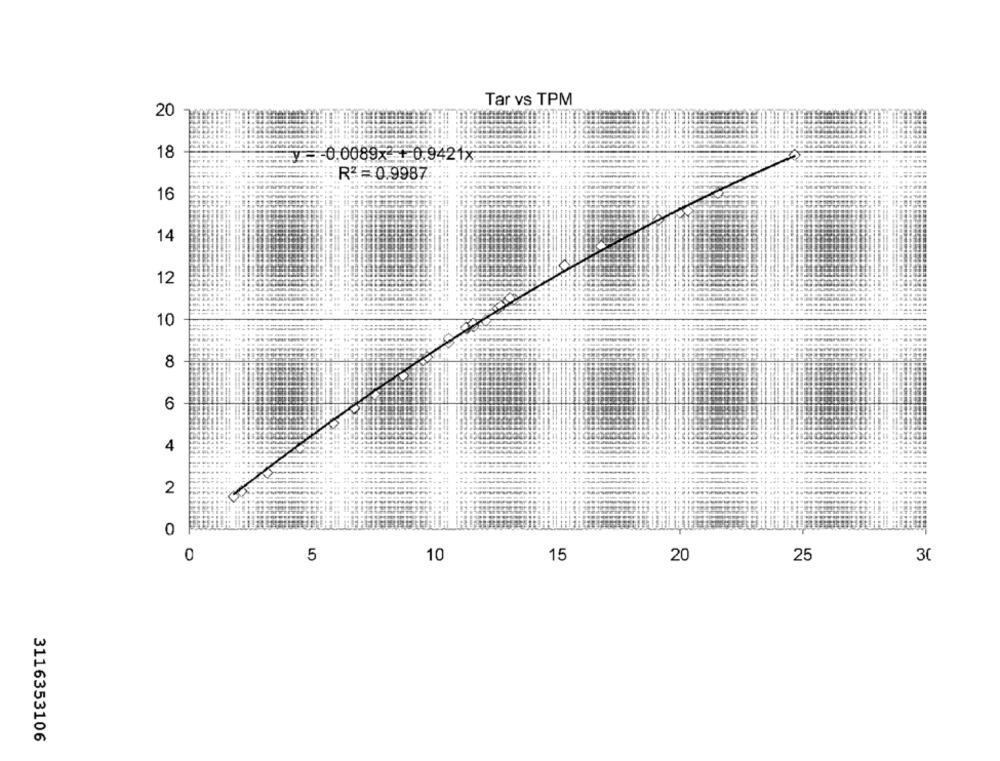
Tar vs TPM
20
18
y .... 0.0089x 1 0.9421x
RZ =0.9987
16
14
12
10
8
6
4
2
0
0
10
15
20
25
5
30
3116353106